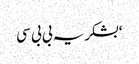
‘بشکریہ بی بی سی